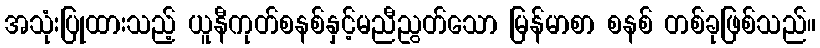
အသုံးပြုထားသည့် ယူနီကုတ်စနစ်နှင့်မညီညွတ်သော မြန်မာစာ စနစ် တစ်ခုဖြစ်သည်။